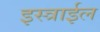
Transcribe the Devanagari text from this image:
इस्त्राईल